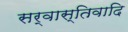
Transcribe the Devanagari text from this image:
सर्वास्तिवादि